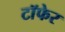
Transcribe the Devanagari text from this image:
टाॅफेर